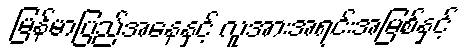
မြန်မာပြည်အနေနှင့် လူအားအရင်းအမြစ်နှင့်